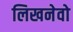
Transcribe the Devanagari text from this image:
लिखनेवो